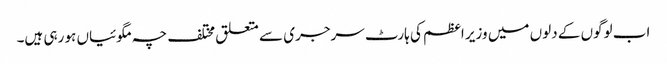
اب لوگوں کے دلوں میں وزیر اعظم کی ہارٹ سرجری سے متعلق مختلف چہ مگوئیاں ہو رہی ہیں۔